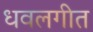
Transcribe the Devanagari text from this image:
धवलगीत